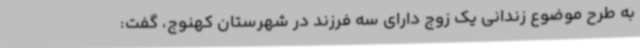
به طرح موضوع زندانی یک زوج دارای سه فرزند در شهرستان کهنوج، گفت: